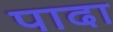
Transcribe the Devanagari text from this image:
पादा